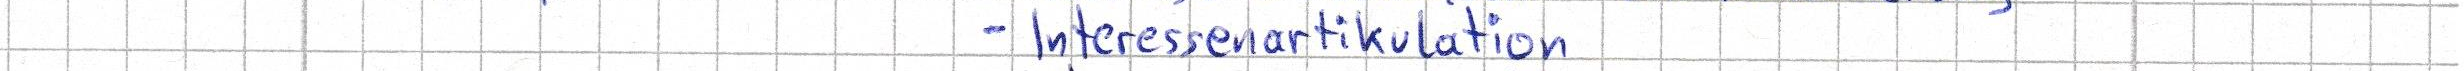
- Interessenartikulation